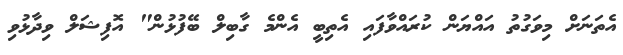
އެތަނަށް މިވަގުތު އައްޔަން ކުރައްވާފައި އެތިބީ އެންމެ ގާބިލް ބޭފުޅުން" އޮފިޝަލް ވިދާޅުވި